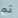
تم